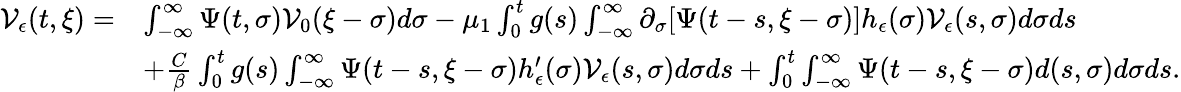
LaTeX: \begin{array}{rl}{\mathcal{V}_{\epsilon}(t,\xi)=}&{\int_{-\infty}^{\infty}\Psi(t,\sigma)\mathcal{V}_{0}(\xi-\sigma)d\sigma-\mu_{1}\int_{0}^{t}g(s)\int_{-\infty}^{\infty}\partial_{\sigma}[\Psi(t-s,\xi-\sigma)]h_{\epsilon}(\sigma)\mathcal{V}_{\epsilon}(s,\sigma)d\sigma ds}\\ &{+\frac{C}{\beta}\int_{0}^{t}g(s)\int_{-\infty}^{\infty}\Psi(t-s,\xi-\sigma)h_{\epsilon}^{\prime}(\sigma)\mathcal{V}_{\epsilon}(s,\sigma)d\sigma ds+\int_{0}^{t}\int_{-\infty}^{\infty}\Psi(t-s,\xi-\sigma)d(s,\sigma)d\sigma ds.}\end{array}